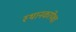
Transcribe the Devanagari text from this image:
स्थानकांपेक्षा